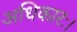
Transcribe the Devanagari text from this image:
अधिकारः।